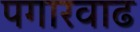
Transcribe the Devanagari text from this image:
पगारवाढ